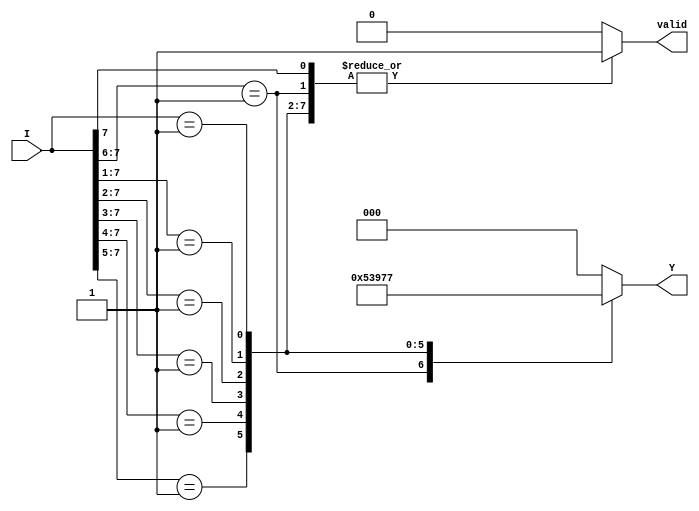
module encoder_8to3 (
    input wire [7:0] I,    // 8 input lines
    output reg [2:0] Y,    // 3 output lines
    output reg valid        // Valid signal
);

always @(*) begin
    // Default values
    Y = 3'b000;            // Default output
    valid = 1'b0;         // Default valid signal

    // Priority encoding
    casez (I)             // casez allows for don't care conditions
        8'b1??????? : begin Y = 3'b000; valid = 1'b1; end // I0
        8'b01?????? : begin Y = 3'b001; valid = 1'b1; end // I1
        8'b001????? : begin Y = 3'b010; valid = 1'b1; end // I2
        8'b0001???? : begin Y = 3'b011; valid = 1'b1; end // I3
        8'b00001??? : begin Y = 3'b100; valid = 1'b1; end // I4
        8'b000001?? : begin Y = 3'b101; valid = 1'b1; end // I5
        8'b0000001? : begin Y = 3'b110; valid = 1'b1; end // I6
        8'b00000001 : begin Y = 3'b111; valid = 1'b1; end // I7
        default: begin Y = 3'b000; valid = 1'b0; end      // No inputs active
    endcase
end

endmodule